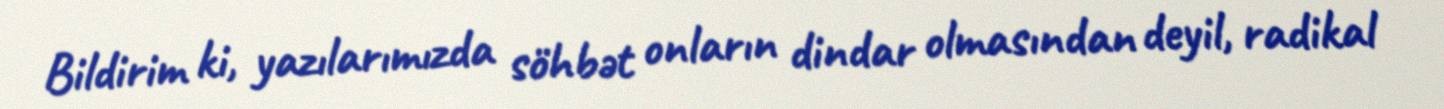
Bildirim ki, yazılarımızda söhbət onların dindar olmasından deyil, radikal